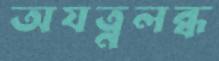
অযত্নলব্ধ